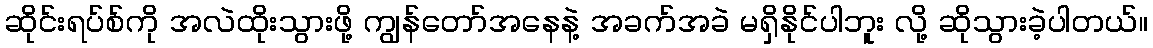
ဆိုင်းရပ်စ်ကို အလဲထိုးသွားဖို့ ကျွန်တော်အနေနဲ့ အခက်အခဲ မရှိနိုင်ပါဘူး လို့ ဆိုသွားခဲ့ပါတယ်။